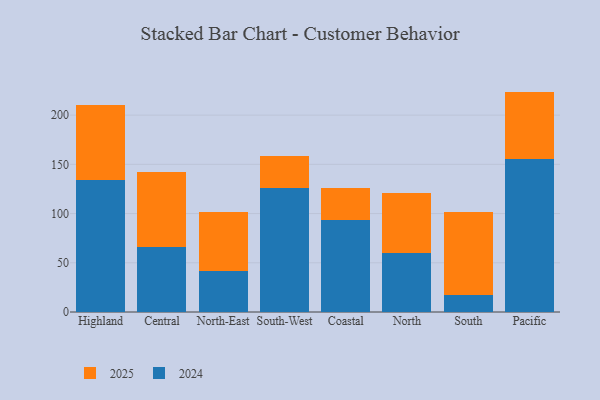
{"axis": {"x": "Region", "y": "Active Users"}, "legend": ["2024", "2025"], "data": [{"x": "Highland", "y": 133.8, "type": "2024"}, {"x": "Highland", "y": 77.0, "type": "2025"}, {"x": "Central", "y": 66.4, "type": "2024"}, {"x": "Central", "y": 75.9, "type": "2025"}, {"x": "North-East", "y": 41.3, "type": "2024"}, {"x": "North-East", "y": 60.8, "type": "2025"}, {"x": "South-West", "y": 126.2, "type": "2024"}, {"x": "South-West", "y": 32.4, "type": "2025"}, {"x": "Coastal", "y": 93.1, "type": "2024"}, {"x": "Coastal", "y": 32.9, "type": "2025"}, {"x": "North", "y": 60.1, "type": "2024"}, {"x": "North", "y": 60.9, "type": "2025"}, {"x": "South", "y": 17.4, "type": "2024"}, {"x": "South", "y": 84.5, "type": "2025"}, {"x": "Pacific", "y": 155.5, "type": "2024"}, {"x": "Pacific", "y": 68.4, "type": "2025"}]}